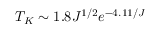
T _ { K } \sim 1 . 8 J ^ { 1 / 2 } e ^ { - 4 . 1 1 / J }